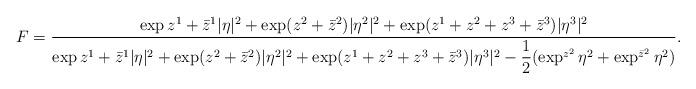
LaTeX: \begin{align*} F = \dfrac{\exp{z^1 + \bar z^1}|\eta|^2 + \exp(z^2 + \bar{z}^2)|\eta^2|^2 + \exp(z^1 + z^2+z^3+\bar{z}^3)|\eta^3|^2}{\exp{z^1 + \bar z^1}|\eta|^2 + \exp(z^2 + \bar{z}^2)|\eta^2|^2 + \exp(z^1 + z^2+z^3+\bar{z}^3)|\eta^3|^2 - \dfrac{1}{2}(\exp^{z^2}\eta^2 + \exp^{\bar{z}^2}\eta^2)}. \end{align*}